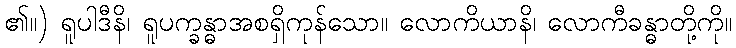
၏။) ရူပါဒီနိ၊ ရူပက္ခန္ဓာအစရှိကုန်သော။ လောကိယာနိ၊ လောကီခန္ဓာတို့ကို။